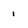
Character: 1